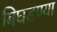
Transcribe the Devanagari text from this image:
बिघडण्या